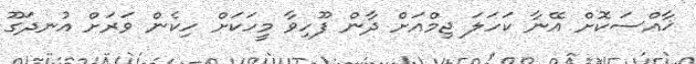
ޚާއްސަކޮށް އޭނާ ކަހަލަ ޖިމްއަށް ދާން ފޫހިވާ މީހަކަށް ހިކެން ވަރަށް އުނދަގޫ